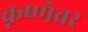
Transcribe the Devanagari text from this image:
कृष्णेवर